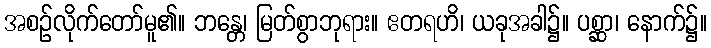
အစဉ်လိုက်တော်မူ၏။ ဘန္တေ၊ မြတ်စွာဘုရား။ ဧတရဟိ၊ ယခုအခါ၌။ ပစ္ဆာ၊ နောက်၌။